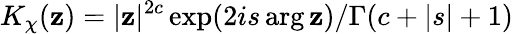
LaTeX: K_{\chi}(\mathbf{z})=|\mathbf{z}|^{2c}\exp(2is\arg\mathbf{z})/\Gamma(c+|s|+1)